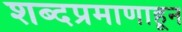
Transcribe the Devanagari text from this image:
शब्दप्रमाणाहून